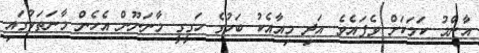
އާންމު ކަމަކަށް ވެފައެވެ. އަދި މިއާއެކު ބަހުގެ ހަގީގީ މާނަނޫން އެހެން މާނަތަކުގައި